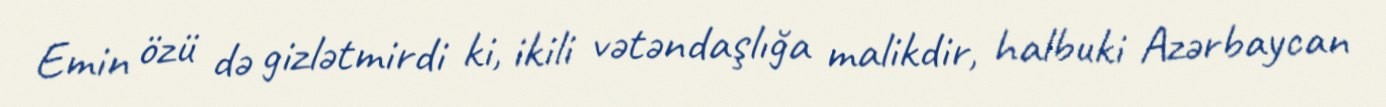
Emin özü də gizlətmirdi ki, ikili vətəndaşlığa malikdir, halbuki Azərbaycan